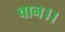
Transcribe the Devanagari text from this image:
वान।।